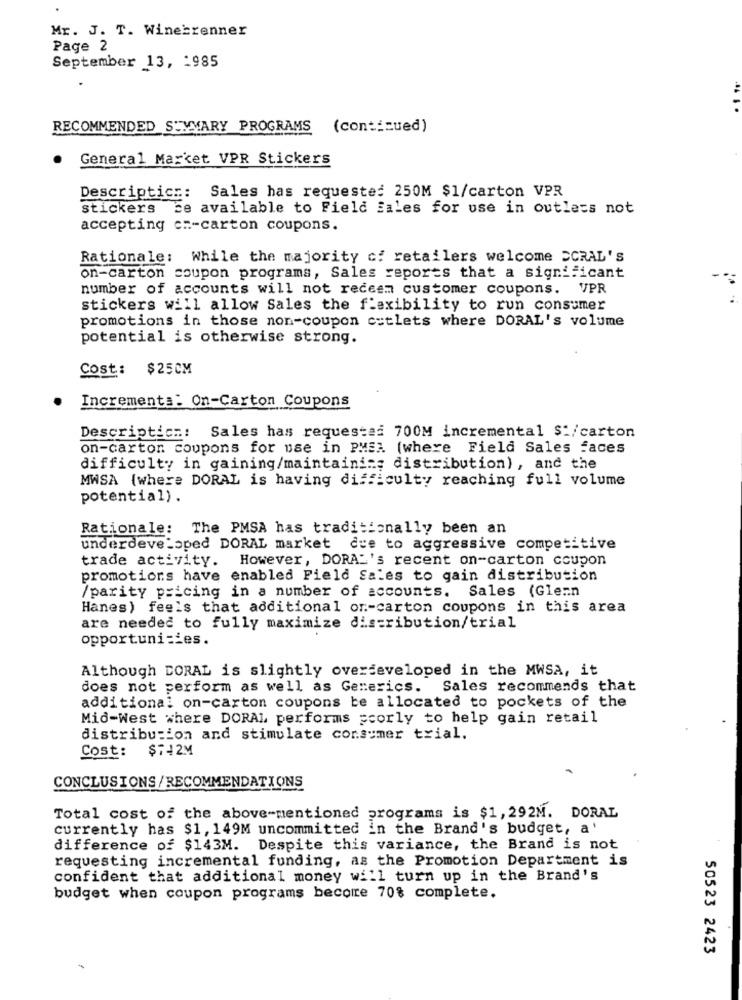
Mr. J. T. Winebrenner
Page 2
September 13, : 985
RECOMMENDED SUMMARY PROGRAMS (continued)
General Market VPR Stickers
Descriptic :: Sales has requested 250M $1/carton VPR
stickers be available to Field Sales for use in outless not
accepting cz-carton coupons.
Rationale: While the majority of retailers welcome ECRAL'S
on-carton coupon programs, Sales reports that a significant
number of accounts will not receen customer coupons. VPR
stickers will allow Sales the flexibility to run consumer
promotions in those non-coupon cutlets where DORAL's volume
potential is otherwise strong.
Cost: $25CM
Incrementa: On-Carton Coupons
Description: Sales has requested 700M incremental $:/carton
on-carton coupons for use in PMEA (where Field Sales faces
difficulty in gaining/maintaining distribution) , and the
MWSA {where DORAL is having difficulty reaching full volume
potential).
Rationale: The PMSA has traditionally been an
underdeveloped DORAL market due to aggressive competitive
trade activity. However, DORA"'s recent on-carton coupon
promotions have enabled Field Sales to gain distribution
/parity pricing in a number of accounts. Sales (Glenn
Hanes) feels that additional or .- carton coupons in this area
are needed to fully maximize distribution/trial
opportuni=ies.
Although DORAL is slightly overdeveloped in the MWSA, it
does not perform as well as Generics. Sales recommends that
additional on-carton coupons be allocated to pockets of the
Mid-West where DORAL performs scorly to help gain retail
distribution and stimulate consumer trial.
Cost: $742M
CONCLUSIONS/RECOMMENDATIONS
Total cost of the above-mentioned programs is $1, 292M. DORAL
currently has $1, 149M uncommitted in the Brand's budget, a'
difference of $143M. Despite this variance, the Brand is not
requesting incremental funding, as the Promotion Department is
confident that additional money will turn up in the Brand's
budget when coupon programs become 70% complete.
50523 2423